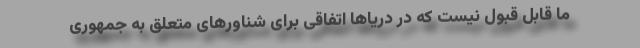
ما قابل قبول نیست که در دریاها اتفاقی برای شناورهای متعلق به جمهوری